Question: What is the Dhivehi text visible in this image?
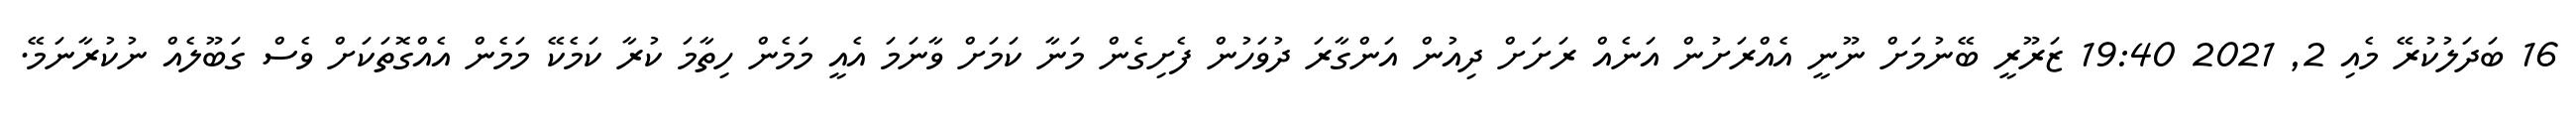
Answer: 16 ބަދަލުކުރޭ މެއި 2, 2021 19:40 ޒަރޫރީ ބޭނުމަށް ނޫނީ އެއްރަށުން އަނެއް ރަށަށް ދިއުން އަންގާރަ ދުވަހުން ފެށިގެން މަނާ ކަމަށް ވާނަމަ އެއީ މަމެން ހިތާމަ ކުރާ ކަމެކޭ މަމެން އެއްގޮތަކަށް ވެސް ގަބޫލެއް ނުކުރާނަމޭ.